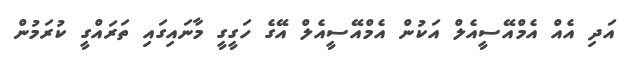
އަދި އެެއް އެމްއޭސީއެލް އަކުން އެމްއޭސީއެލް އޭގެ ހަގީގީ މާނައިގައި ތަރައްގީ ކުރަމުން